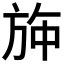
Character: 𱡳